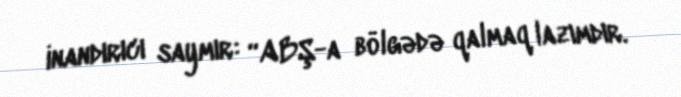
inandırıcı saymır: “ABŞ-a bölgədə qalmaq lazımdır.